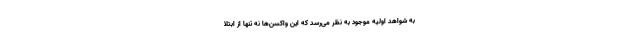
به شواهد اولیه موجود به نظر می‌رسد که این واکسن‌ها نه تنها از ابتلا